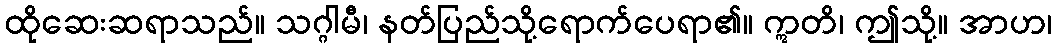
ထိုဆေးဆရာသည်။ သဂ္ဂါမီ၊ နတ်ပြည်သို့ရောက်ပေရာ၏။ ဣတိ၊ ဤသို့။ အာဟ၊